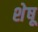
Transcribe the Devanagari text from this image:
शेषू